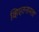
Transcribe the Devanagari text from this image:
व्हिएतनामला